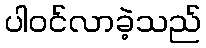
ပါဝင်လာခဲ့သည်